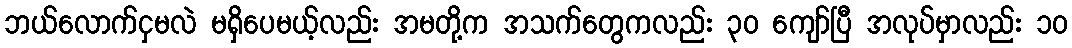
ဘယ်လောက်ငှမလဲ မရှိပေမယ့်လည်း အမတို့က အသက်တွေကလည်း ၃၀ ကျော်ပြီ အလုပ်မှာလည်း ၁၀